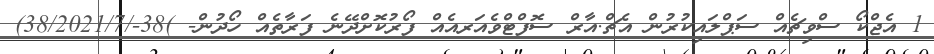
1 އެޖްކޯ ސްވިޗެއް ސަޕްލައިކުރުން އެޗް.އާރް ސޮފްޓްވެއަރއެއް ފޯރުކޮށްދޭނެ ފަރާތެއް ހޯދުން- )38-/38/2021/7)